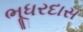
ભૂધરદાસ